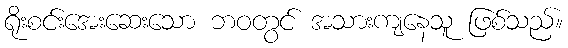
ရိုးစင်းအေးဆေးသော ဘဝတွင် အသားကျနေသူ ဖြစ်သည်။